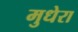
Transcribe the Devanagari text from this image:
मुधेरा